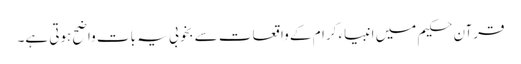
قرآن حکیم میں انبیاء کرام کے واقعات سے بخوبی یہ بات واضح ہوتی ہے۔